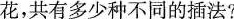
花，共有多少种不同的插法?